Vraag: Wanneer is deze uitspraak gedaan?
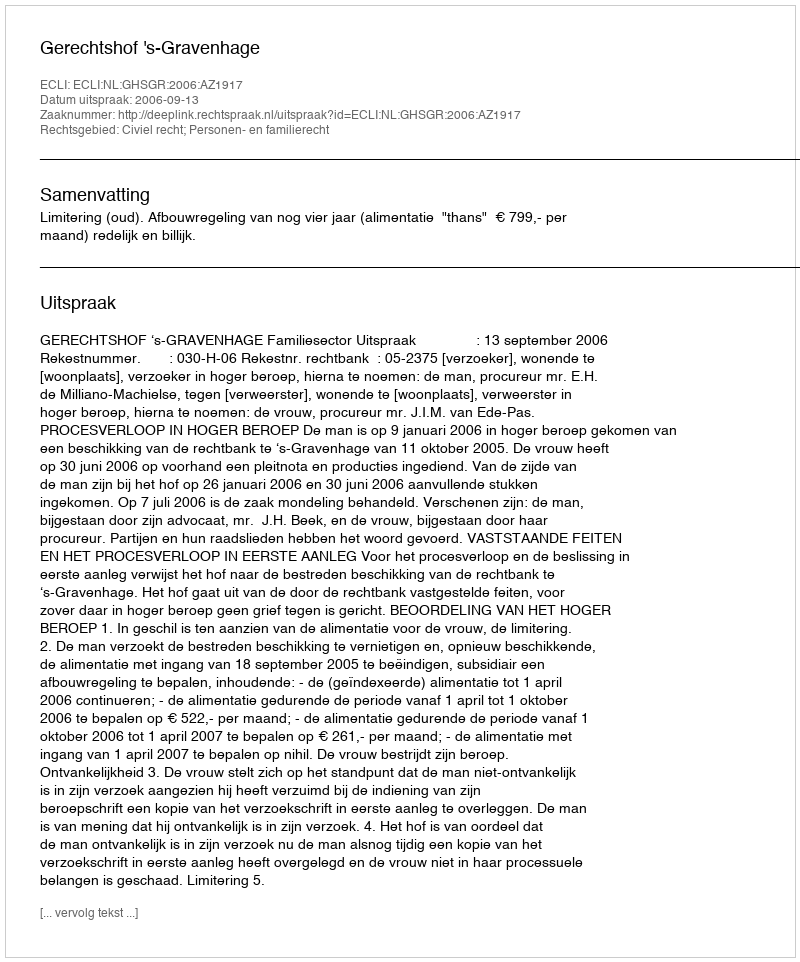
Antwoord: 2006-09-13